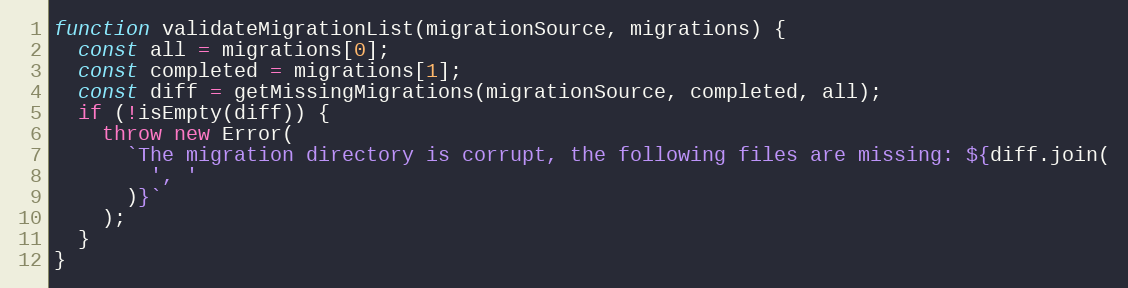
Language: JavaScript
function validateMigrationList(migrationSource, migrations) {
  const all = migrations[0];
  const completed = migrations[1];
  const diff = getMissingMigrations(migrationSource, completed, all);
  if (!isEmpty(diff)) {
    throw new Error(
      `The migration directory is corrupt, the following files are missing: ${diff.join(
        ', '
      )}`
    );
  }
}